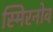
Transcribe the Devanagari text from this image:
स्मिरनोव